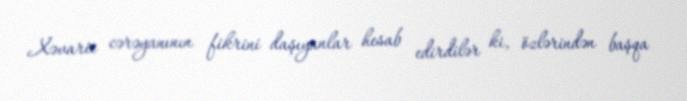
Xəvaric cərəyanının fikrini daşıyanlar hesab edirdilər ki, özlərindən başqa